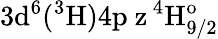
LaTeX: \mathrm{3d^{6}(^{3}H)4p\ z\, ^{4}H_{9/2}^{o}}